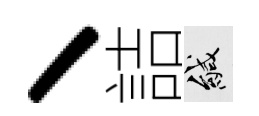
丶詰緘